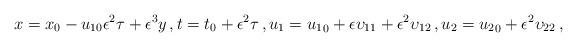
LaTeX: \begin{align*}x=x_0-u_{10} \epsilon^2 \tau + \epsilon^3{{y}}\, , t=t_0 + \epsilon^2 {\tau}\, , {u_1}={u_1}_0 + \epsilon \upsilon_{11}+ \epsilon^2 \upsilon_{12}\, ,{u_2}={u_2}_0 + \epsilon^2 \upsilon_{22} \, , \end{align*}